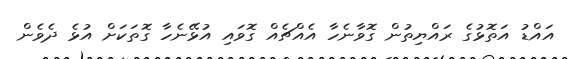
އައްޑު އަތޮޅުގެ ރައްޔިތުން ގޮވާނެހާ އެއްޗެއް ގޮވައި އުޅޭނެހާ ގޮތަކަށް އުޅެ ދެވެން